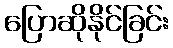
ပြောဆိုနိုင်ခြင်း